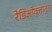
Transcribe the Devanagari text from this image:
रेडिओवृत्तातून